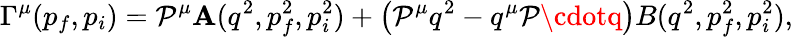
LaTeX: \Gamma^{\mu}(p_{f},p_{i})=\mathcal{P}^{\mu}\mathbf{A}(q^{2},p_{f}^{2},p_{i}^{2})+\left(\mathcal{P}^{\mu}q^{2}-q^{\mu}\mathcal{P}\cdotq\right)B(q^{2},p_{f}^{2},p_{i}^{2}),